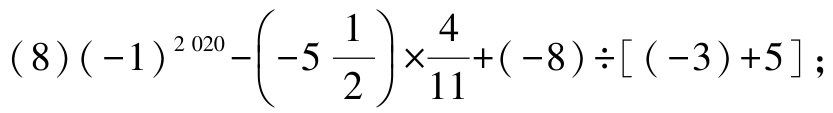
\((8)(-1)^{2020}-\left(-5\frac{1}{2}\right)\times\frac{4}{11}+(-8)\div[(-3)+5];\)